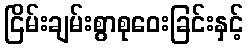
ငြိမ်းချမ်းစွာစုဝေးခြင်းနှင့်